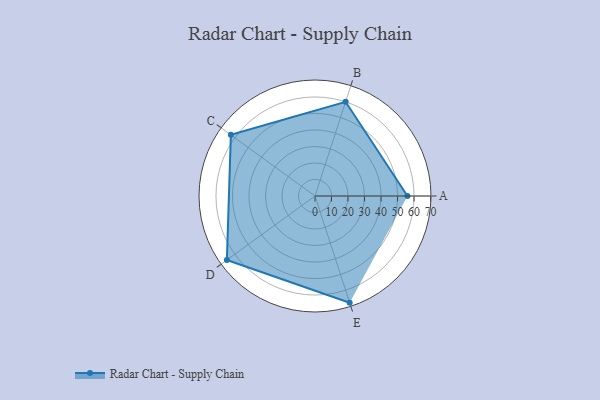
{"axis": {"x": "Skill", "y": "Score"}, "legend": ["Profile"], "data": [{"x": "A", "y": 56.0, "type": "Profile"}, {"x": "B", "y": 60.0, "type": "Profile"}, {"x": "C", "y": 63.0, "type": "Profile"}, {"x": "D", "y": 66.0, "type": "Profile"}, {"x": "E", "y": 68.0, "type": "Profile"}]}